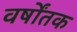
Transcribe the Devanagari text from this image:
वर्षोंतक